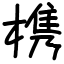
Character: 槜